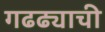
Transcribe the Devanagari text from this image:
गढढ्याची